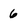
Character: 6